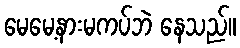
မေမေ့နားမကပ်ဘဲ နေသည်။